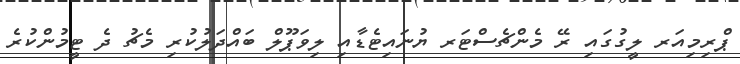
ޕްރިމިއަރ ލީގުގައި ރޭ މެންޗެސްޓަރ ޔުނައިޓެޑާއި ލިވަޕޫލް ބައްދަލުކުރި މެޗު ދެ ޓީމުންކުރެ